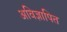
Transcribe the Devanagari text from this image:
अविज्ञापित